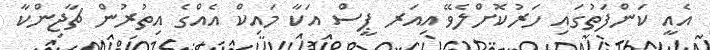
އެއީ ކަންފަތުގައި ހަރުކޮށްލެވޭ އިއަރ ޕީސް އަކާ މައިކް އެއްގެ އިތުރުން ޗާޖިންކާ